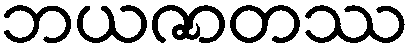
ဘယဇာတဿ